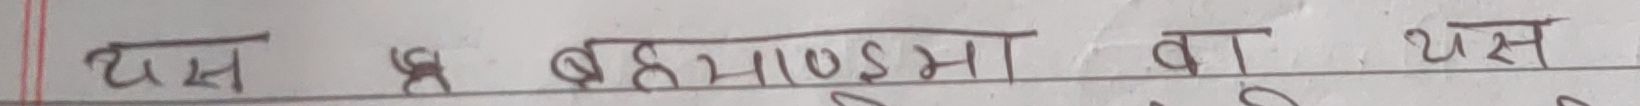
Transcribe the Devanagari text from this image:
यस ९ बह्माण्डमा वा यथ